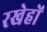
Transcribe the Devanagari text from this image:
रखेहों